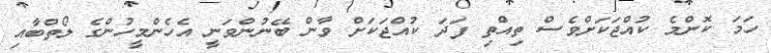
ހަމަ ކޮންމެ ކުއްޖަކަށްވެސް ތިއްތި ފަދަ ކުއްޖަކަށް ވާން ބޭނުންވަނީ އެހެންމީހުންގެ ލޯތްބާއި